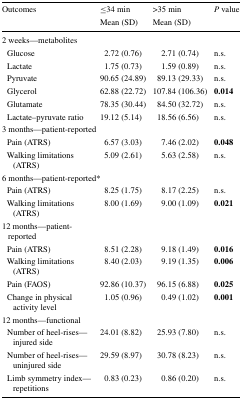
<table><thead><tr><td rowspan="2"><b>Outcomes</b></td><td><b>≤34 min</b></td><td><b>&gt;35 min</b></td><td rowspan="2"><b><i>P</i> value</b></td></tr><tr><td><b>Mean (SD)</b></td><td><b>Mean (SD)</b></td></tr></thead><tbody><tr><td colspan="4">2 weeks—metabolites</td></tr><tr><td> Glucose</td><td>2.72 (0.76)</td><td>2.71 (0.74)</td><td>n.s.</td></tr><tr><td> Lactate</td><td>1.75 (0.73)</td><td>1.59 (0.89)</td><td>n.s.</td></tr><tr><td> Pyruvate</td><td>90.65 (24.89)</td><td>89.13 (29.33)</td><td>n.s.</td></tr><tr><td> Glycerol</td><td>62.88 (22.72)</td><td>107.84 (106.36)</td><td><b>0.014</b></td></tr><tr><td> Glutamate</td><td>78.35 (30.44)</td><td>84.50 (32.72)</td><td>n.s.</td></tr><tr><td> Lactate–pyruvate ratio</td><td>19.12 (5.14)</td><td>18.56 (6.56)</td><td>n.s.</td></tr><tr><td colspan="4">3 months—patient-reported</td></tr><tr><td> Pain (ATRS)</td><td>6.57 (3.03)</td><td>7.46 (2.02)</td><td><b>0.048</b></td></tr><tr><td> Walking limitations (ATRS)</td><td>5.09 (2.61)</td><td>5.63 (2.58)</td><td>n.s.</td></tr><tr><td colspan="4">6 months—patient-reported*</td></tr><tr><td> Pain (ATRS)</td><td>8.25 (1.75)</td><td>8.17 (2.25)</td><td>n.s.</td></tr><tr><td> Walking limitations (ATRS)</td><td>8.00 (1.69)</td><td>9.00 (1.09)</td><td><b>0.021</b></td></tr><tr><td>12 months—patient-reported</td><td></td><td></td><td></td></tr><tr><td> Pain (ATRS)</td><td>8.51 (2.28)</td><td>9.18 (1.49)</td><td><b>0.016</b></td></tr><tr><td> Walking limitations (ATRS)</td><td>8.40 (2.03)</td><td>9.19 (1.35)</td><td><b>0.006</b></td></tr><tr><td> Pain (FAOS)</td><td>92.86 (10.37)</td><td>96.15 (6.88)</td><td><b>0.025</b></td></tr><tr><td> Change in physical activity level</td><td>1.05 (0.96)</td><td>0.49 (1.02)</td><td><b>0.001</b></td></tr><tr><td colspan="4">12 months—functional</td></tr><tr><td> Number of heel-rises—injured side</td><td>24.01 (8.82)</td><td>25.93 (7.80)</td><td>n.s.</td></tr><tr><td> Number of heel-rises—uninjured side</td><td>29.59 (8.97)</td><td>30.78 (8.23)</td><td>n.s.</td></tr><tr><td> Limb symmetry index—repetitions</td><td>0.83 (0.23)</td><td>0.86 (0.20)</td><td>n.s.</td></tr></tbody></table>